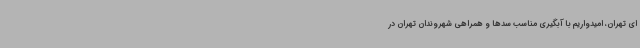
ای تهران، امیدواریم با آبگیری مناسب سدها و همراهی شهروندان تهران در